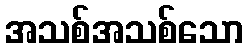
အသစ်အသစ်သော